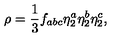
\rho = \frac { 1 } { 3 } f _ { a b c } \eta _ { 2 } ^ { a } \eta _ { 2 } ^ { b } \eta _ { 2 } ^ { c } ,